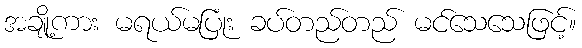
အချို့ကား မရယ်မပြုံး ခပ်တည်တည် မင်သေသေဖြင့်။